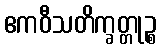
ဧကဝီသတိက္ခတ္တုဉ္စ